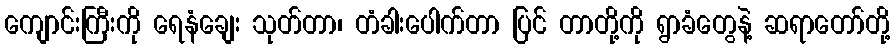
ကျောင်းကြီးကို ရေနံချေး သုတ်တာ၊ တံခါးပေါက်တာ ပြင် တာတို့ကို ရွာခံတွေနဲ့ ဆရာတော်တို့